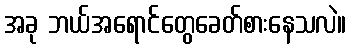
အခု ဘယ်အရောင်တွေခေတ်စားနေသလဲ။